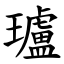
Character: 瓐